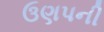
ઉણપની